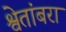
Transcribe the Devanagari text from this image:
श्वेतांबरा